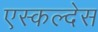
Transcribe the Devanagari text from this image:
एस्कल्देस